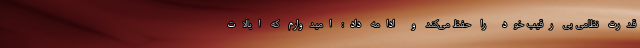
قدرت نظامی بی رقیب خود را حفظ می‌کند و ادامه داد: امیدوارم که ایالات